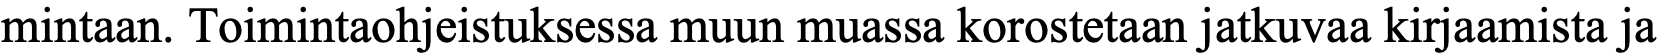
mintaan. Toimintaohjeistuksessa muun muassa korostetaan jatkuvaa kirjaamista ja